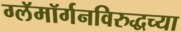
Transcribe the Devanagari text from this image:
ग्लॅमॉर्गनविरुद्धच्या